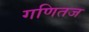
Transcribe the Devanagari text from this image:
गणितज